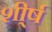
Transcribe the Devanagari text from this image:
शी्र्ष